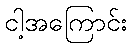
ငါ့အကြောင်း